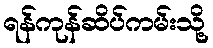
ရန်ကုန်ဆိပ်ကမ်းသို့